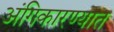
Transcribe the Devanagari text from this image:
अंगिकारण्यात